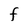
Character: F